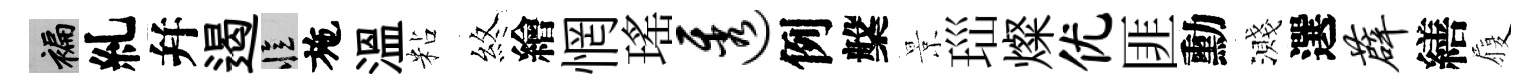
褊糺幷遏忆施溫粘煞繪惘瑤透例槃景𤤼燦优匪勳濺選薜繕履